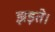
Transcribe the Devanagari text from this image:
झड़ते।